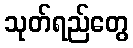
သုတ်ရည်တွေ